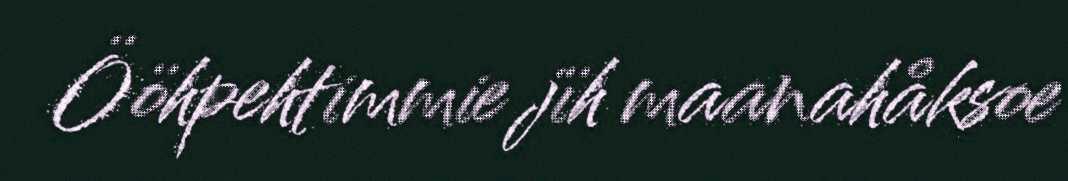
Ööhpehtimmie jïh maanahåksoe